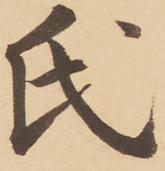
氏